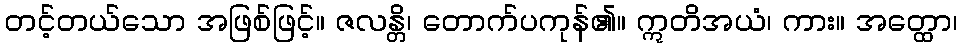
တင့်တယ်သော အဖြစ်ဖြင့်။ ဇလန္တိ၊ တောက်ပကုန်၏။ ဣတိအယံ၊ ကား။ အတ္ထော၊